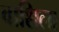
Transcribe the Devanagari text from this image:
वाशिला